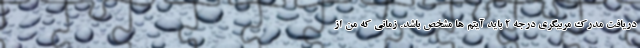
دریافت مدرک مربیگری درجه ۲ باید آیتم ها مشخص باشد. زمانی که من از